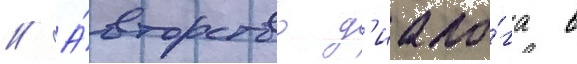
// А́вторство д'иало́га в